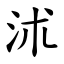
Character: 沭